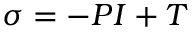
~ ~ ~ ~ ~ ~ ~ ~ ~ ~ ~ ~ ~ ~ ~ ~ ~ ~ ~ ~ ~ ~ ~ ~ ~ ~ ~ ~ ~ ~ ~ ~ ~ ~ ~ ~ ~ ~ ~ ~ ~ ~ ~ ~ ~ ~ ~ ~ ~ ~ ~ ~ \sigma = - P I + T